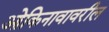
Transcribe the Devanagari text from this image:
ओकिनावावरील